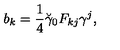
b _ { k } = \frac 1 4 \breve { \gamma } _ { 0 } F _ { k j } \gamma ^ { j } ,